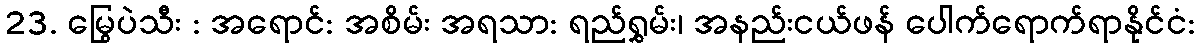
23. မြွေပဲသီး : အရောင်: အစိမ်း အရသာ: ရည်ရွှမ်း၊ အနည်းငယ်ဖန် ပေါက်ရောက်ရာနိုင်ငံ: